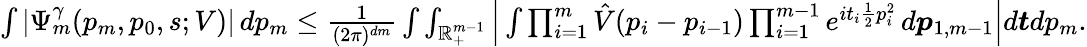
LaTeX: \begin{array}{r}{\int|\Psi_{m}^{\gamma}(p_{m},p_{0},s;V)|\, dp_{m}\leq\frac{1}{(2\pi)^{dm}}\int\int_{\mathbb{R}_{+}^{m-1}}\Big|\int\prod_{i=1}^{m}\hat{V}(p_{i}-p_{i-1})\prod_{i=1}^{m-1}e^{it_{i}\frac{1}{2}p_{i}^{2}}\, d\boldsymbol{p}_{1,m-1}\Big|d\boldsymbol{t}dp_{m}.}\end{array}